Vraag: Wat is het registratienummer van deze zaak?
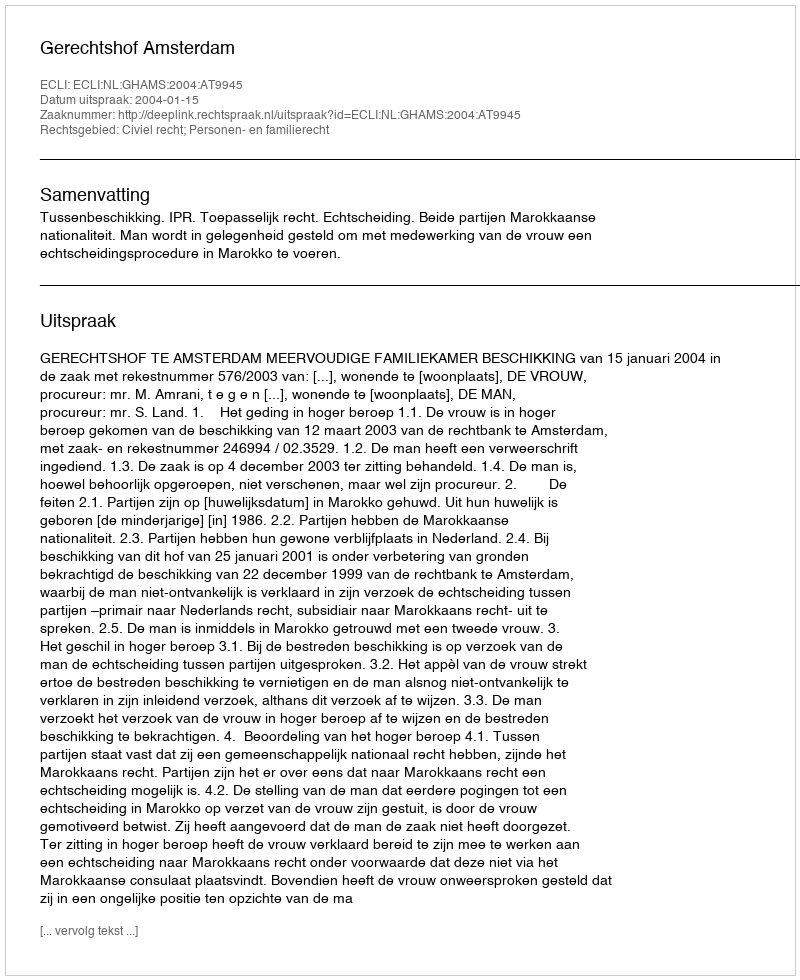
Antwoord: http://deeplink.rechtspraak.nl/uitspraak?id=ECLI:NL:GHAMS:2004:AT9945